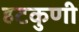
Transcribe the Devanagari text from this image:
हटकुणी